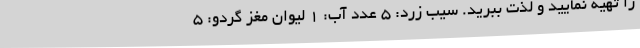
را تهیه نمایید و لذت ببرید. سیب زرد: ۵ عدد آب: ۱ لیوان مغز گردو: ۵